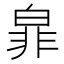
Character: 𭽜